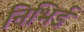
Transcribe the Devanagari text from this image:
निभिर्ड